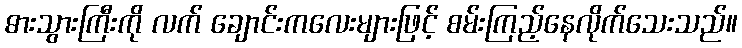
ဓားသွားကြီးကို လက် ချောင်းကလေးများဖြင့် စမ်းကြည့်နေလိုက်သေးသည်။